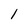
Character: 1